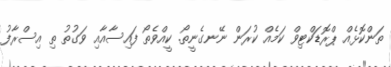
ތަންކޮޅެއް ޕްރޮޑަކްޓިވް ކަމެއް ކުރަން ނޭނގެނީތޯ. ކީއްވެތޯ ފައިސާއާއި ވަގުތު ތި އިސްރާފު